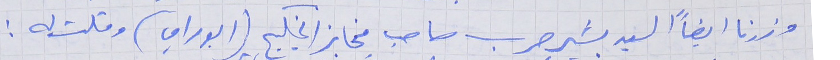
وزرنا ايضاً السيد بشير حرب صاحب مخابز الخليج (ابو راي) وقلت له :